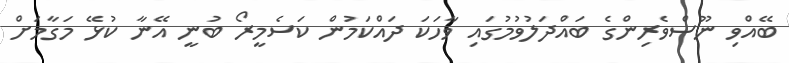
ބޭއްވި ނޫސްވެރިންގެ ބައްދަލުވުމުގައި ވާހަކަ ދައްކަމުން ކަސެމީރޯ ބުނީ އޭނާ ކުޅޭ މަގާމަށް